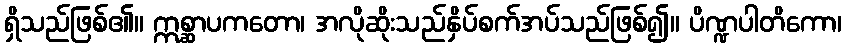
ရှိသည်ဖြစ်၏။ ဣစ္ဆာပကတော၊ အလိုဆိုးသည်နှိပ်စက်အပ်သည်ဖြစ်၍။ ပိဏ္ဍပါတိကော၊